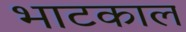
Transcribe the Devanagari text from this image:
भाटकाल